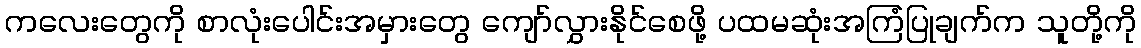
ကလေးတွေကို စာလုံးပေါင်းအမှားတွေ ကျော်လွှားနိုင်စေဖို့ ပထမဆုံးအကြံပြုချက်က သူတို့ကို